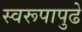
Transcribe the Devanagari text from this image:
स्वरूपापुढे